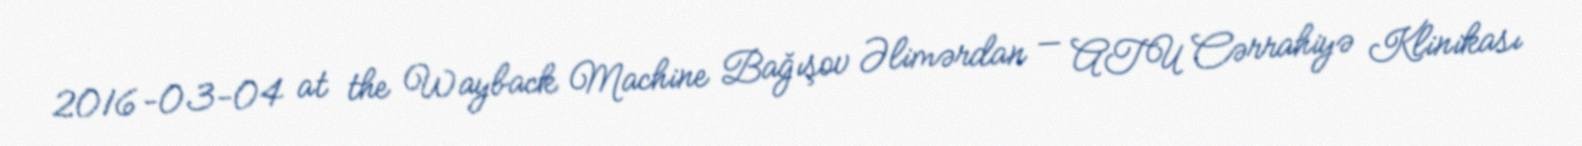
2016-03-04 at the Wayback Machine Bağışov Əlimərdan — ATU Cərrahiyə Klinikası